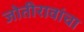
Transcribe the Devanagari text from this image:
जोतीरावांचा